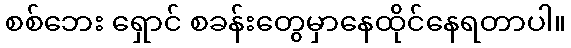
စစ်ဘေး ရှောင် စခန်းတွေမှာနေထိုင်နေရတာပါ။